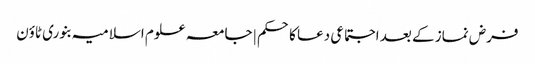
فرض نماز کے بعد اجتماعی دعا کاحکم | جامعہ علوم اسلامیہ بنوری ٹاؤن